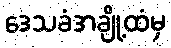
ဒေသခံအချို့ထံမှ